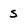
Character: S